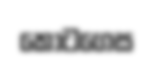
කොටගෙස